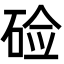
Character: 硷